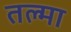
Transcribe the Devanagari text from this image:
तल्मा